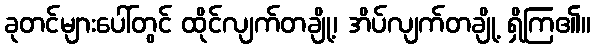
ခုတင်များပေါ်တွင် ထိုင်လျက်တချို့၊ အိပ်လျက်တချို့ ရှိကြ၏။